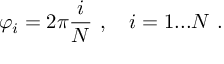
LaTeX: \varphi _ { i } = 2 \pi \frac { i } { N } \ , \quad i = 1 . . . N \ .